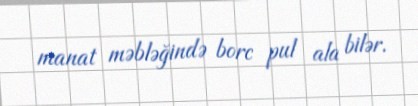
manat məbləğində borc pul ala bilər.